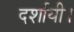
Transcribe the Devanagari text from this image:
दर्शायी।